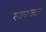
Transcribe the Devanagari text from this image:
स्क्फ्ज्क